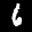
Label: 6